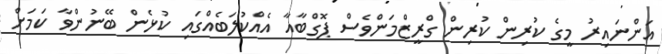
އަންނައިރު މީގެ ކުރިން ކުރިން ގްރީޒްމަންވެސް ޕޮގްބާއާ އެއްކުލަބެއްގައި ކުޅެން ބޭނުންވާ ކަމަށް